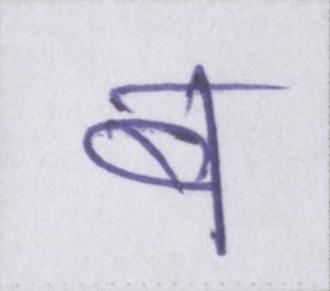
ब